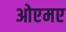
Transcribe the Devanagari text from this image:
ओएमए